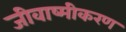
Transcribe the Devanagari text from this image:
जीवाष्मीकरण